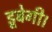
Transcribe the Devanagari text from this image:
डूबेगी।